system: You are a helpful assistant.
user:
Analyze the provided spectrum to determine if it is a **M-type Giant (gM)**.

A M-type Giant spectrum is defined by its **strong molecular absorption** features, particularly from **Titanium Oxide (TiO)**. You must check for one of the following mutually exclusive signatures:

- **Key Visual Indicators (Absorption-Dominated Spectrum):**

    - **(Primary):** The spectrum is dominated by strong molecular absorption from **Titanium Oxide (TiO)**. This is the **defining feature** of its M-type temperature class.
        - **(Key Bandheads):** Look for sharp, "saw-tooth" absorption valleys. The strongest are located near **~7050 Å**, **~6160 Å**, and **~5170 Å**.
        - **(Line Profile):** The "saw-tooth" morphology is critical: a **sharp, steep drop on the BLUE (short-wavelength) side** of the bandhead, followed by a gradual recovery (rising flux) towards the RED (long-wavelength) side.

    - **(Key Confirmation - Giant vs. Dwarf):** **ABSENCE** of strong **Calcium Hydride (CaH)** molecular bands. This is the primary diagnostic for *excluding* M-dwarfs.
        - **(Key Region):** The spectrum should lack the strong, broad absorption band seen in dwarfs between **~6800 Å and ~7000 Å**.

    - **(Secondary Confirmation - Giant):** A very strong and broad **Neutral Calcium (Ca I)** atomic absorption line.
        - **(Key Line):** Located at **~4226 Å**. In a giant (gM), this line is significantly deeper and broader than the same line in an M-dwarf (dM) due to low surface gravity.

    - **(Overall Spectrum):**
        - The continuum is **extremely red-sloping** (i.e., flux is very low in the blue and rises dramatically towards the red).
        - The entire spectrum appears "chopped up" by the deep TiO bands.

Think first, call **spectral_visualization_tool** if needed to examine features in detail, then provide your final answer. Your response must adhere to the following strict rules:
1.  **Overall Structure:** Your response must follow the format `<think>...</think> <tool_call>...</tool_call> (if a tool is used) <answer>...</answer>`.
2.  **Tool Usage Constraint:** You may only make **one** tool call per turn.
3.  **Final Answer Format:** In the `<answer>` tag, your conclusion must be inside a `\boxed{}` command (e.g., `\boxed{YES}` or `\boxed{NO}`), followed by your justification.

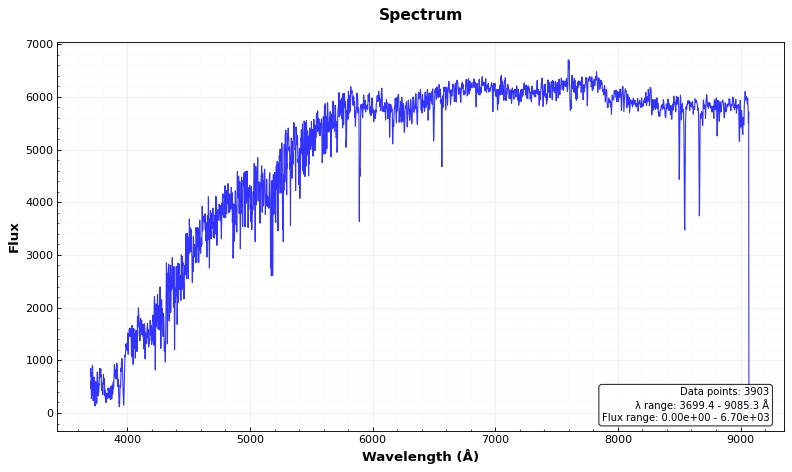
Answer: NO